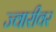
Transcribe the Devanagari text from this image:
ज्वारीवर